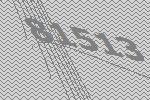
81513